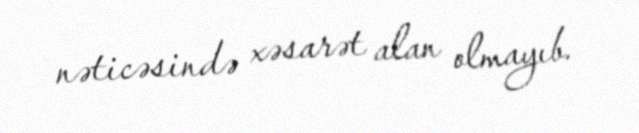
nəticəsində xəsarət alan olmayıb.